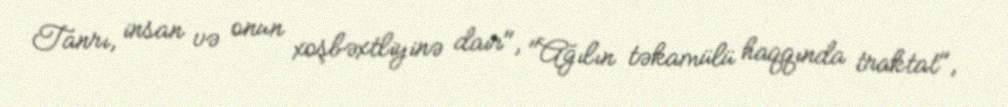
Tanrı, insan və onun xoşbəxtliyinə dair", "Ağılın təkamülü haqqında traktat",